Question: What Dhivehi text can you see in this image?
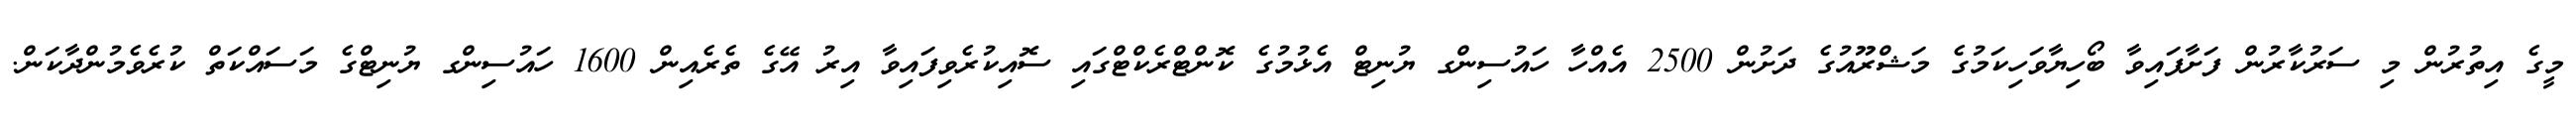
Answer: މީގެ އިތުރުން މި ސަރުކާރުން ފަށާފައިވާ ބޯހިޔާވަހިކަމުގެ މަޝްރޫއުގެ ދަށުން 2500 އެއްހާ ހައުސިންގ ޔުނިޓް އެޅުމުގެ ކޮންޓްރެކްޓްގައި ސޮއިކުރެވިފައިވާ އިރު އޭގެ ތެރެއިން 1600 ހައުސިންގ ޔުނިޓްގެ މަސައްކަތް ކުރެވެމުންދާކަން.